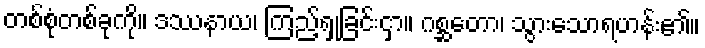
တစ်စုံတစ်ခုကို။ ဒဿနာယ၊ ကြည့်ရှုခြင်းငှာ။ ဂစ္ဆတော၊ သွားသောရဟန်း၏။